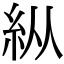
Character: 𥾺